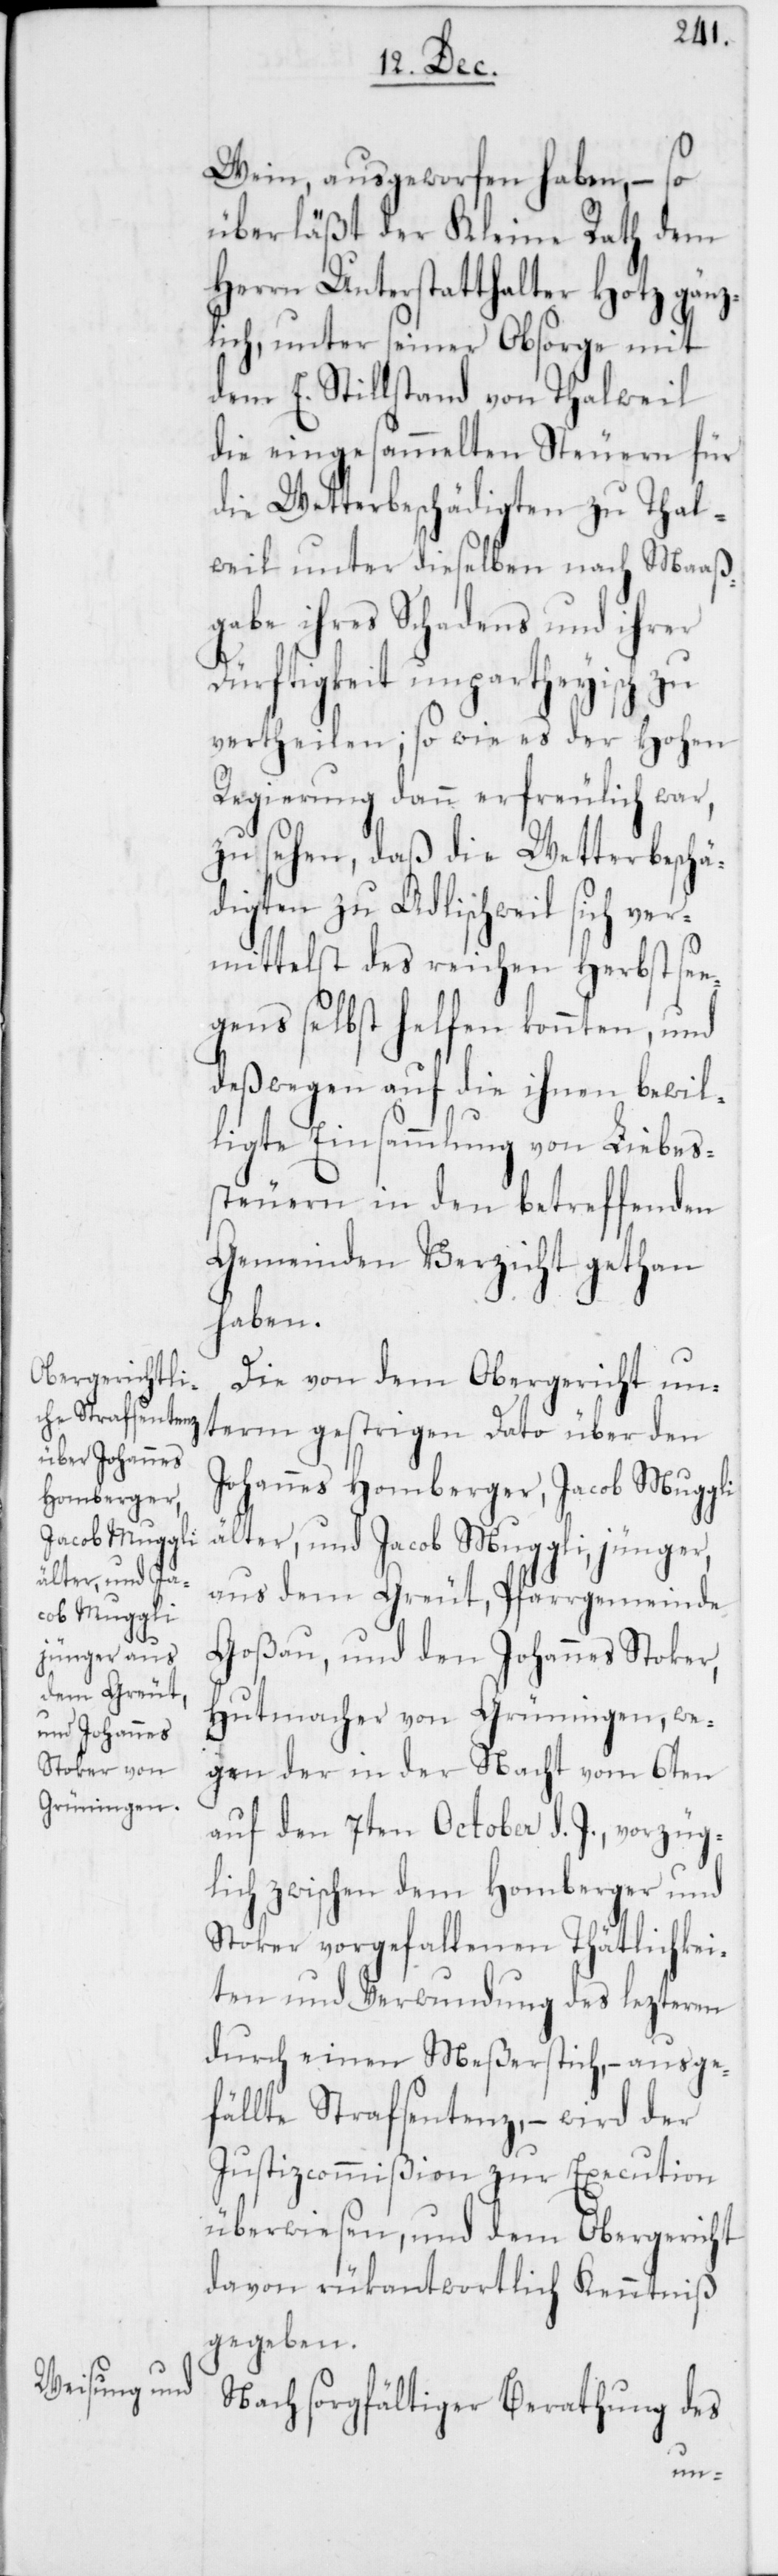
Wein, ausgeworfen haben, – so
überläßt der Kleine Rath dem
Herrn Unterstatthalter Hotz gänz¬
lich, unter seiner Obsorge mit
dem E. Stillstand von Thalweil
die eingesammelten Steuern für
die Wetterbeschädigten zu Thal¬
weil unter dieselben nach Maaß¬
gabe ihres Schadens und ihrer
Dürftigkeit unpartheyisch zu
vertheilen; so wie es der Hohen
Regierung dann erfreulich war,
zu sehen, daß die Wetterbeschä¬
digten zu Adlischweil sich ver¬
mittelst des reichen Herbstse¬
gens selbst helfen konnten, und
deßwegen auf die ihnen bewil¬
ligte Einsammlung von Liebes¬
steuern in den betreffenden
Gemeinden Verzicht gethan
haben.
Die von dem Obergericht un¬
term gestrigen Dato über den
Johannes Homberger, Jacob Muggli
älter, und Jacob Muggli, jünger
aus dem Grüt, Pfarrgemeinde
Goßau, und den Johannes Stoker,
Hutmacher von Grüningen, we¬
gen der in der Nacht vom 6ten
auf den 7ten October d. J., vorzüg¬
lich zwischen dem Homberger und
Stoker vorgefallenen Tätlichkei¬
ten und Verwundung des lezteren
durch einen Meßerstich, – ausge¬
fällte Strafsentenz, – wird der
Justizcommißion zur Execution
überwiesen, und dem Obergericht
davon rükantwortlich Kenntniß
gegeben.
Nach sorgfältiger Berathung des